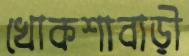
খোকশাবাড়ী